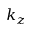
k _ { z }